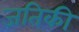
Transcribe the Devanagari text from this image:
जतिकी